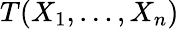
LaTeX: T(X_{1},\dots,X_{n})